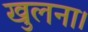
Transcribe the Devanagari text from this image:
खुलना।